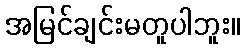
အမြင်ချင်းမတူပါဘူး။